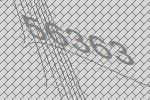
56363